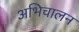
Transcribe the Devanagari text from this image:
अभिचालन